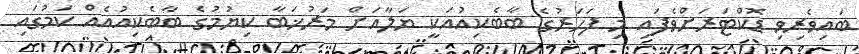
ބައިވެރިވި ޑޮކްޓަރަށްވެފައި މި ފަހަރުގެ ބާބެކިއުއަކީ ޔަލާއަށް މަރުޚަބާ ކިޔުމުގެ ބާބެކިއުއެއް ކަމުގައި